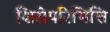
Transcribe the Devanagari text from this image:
शिरोपरिभित्ति